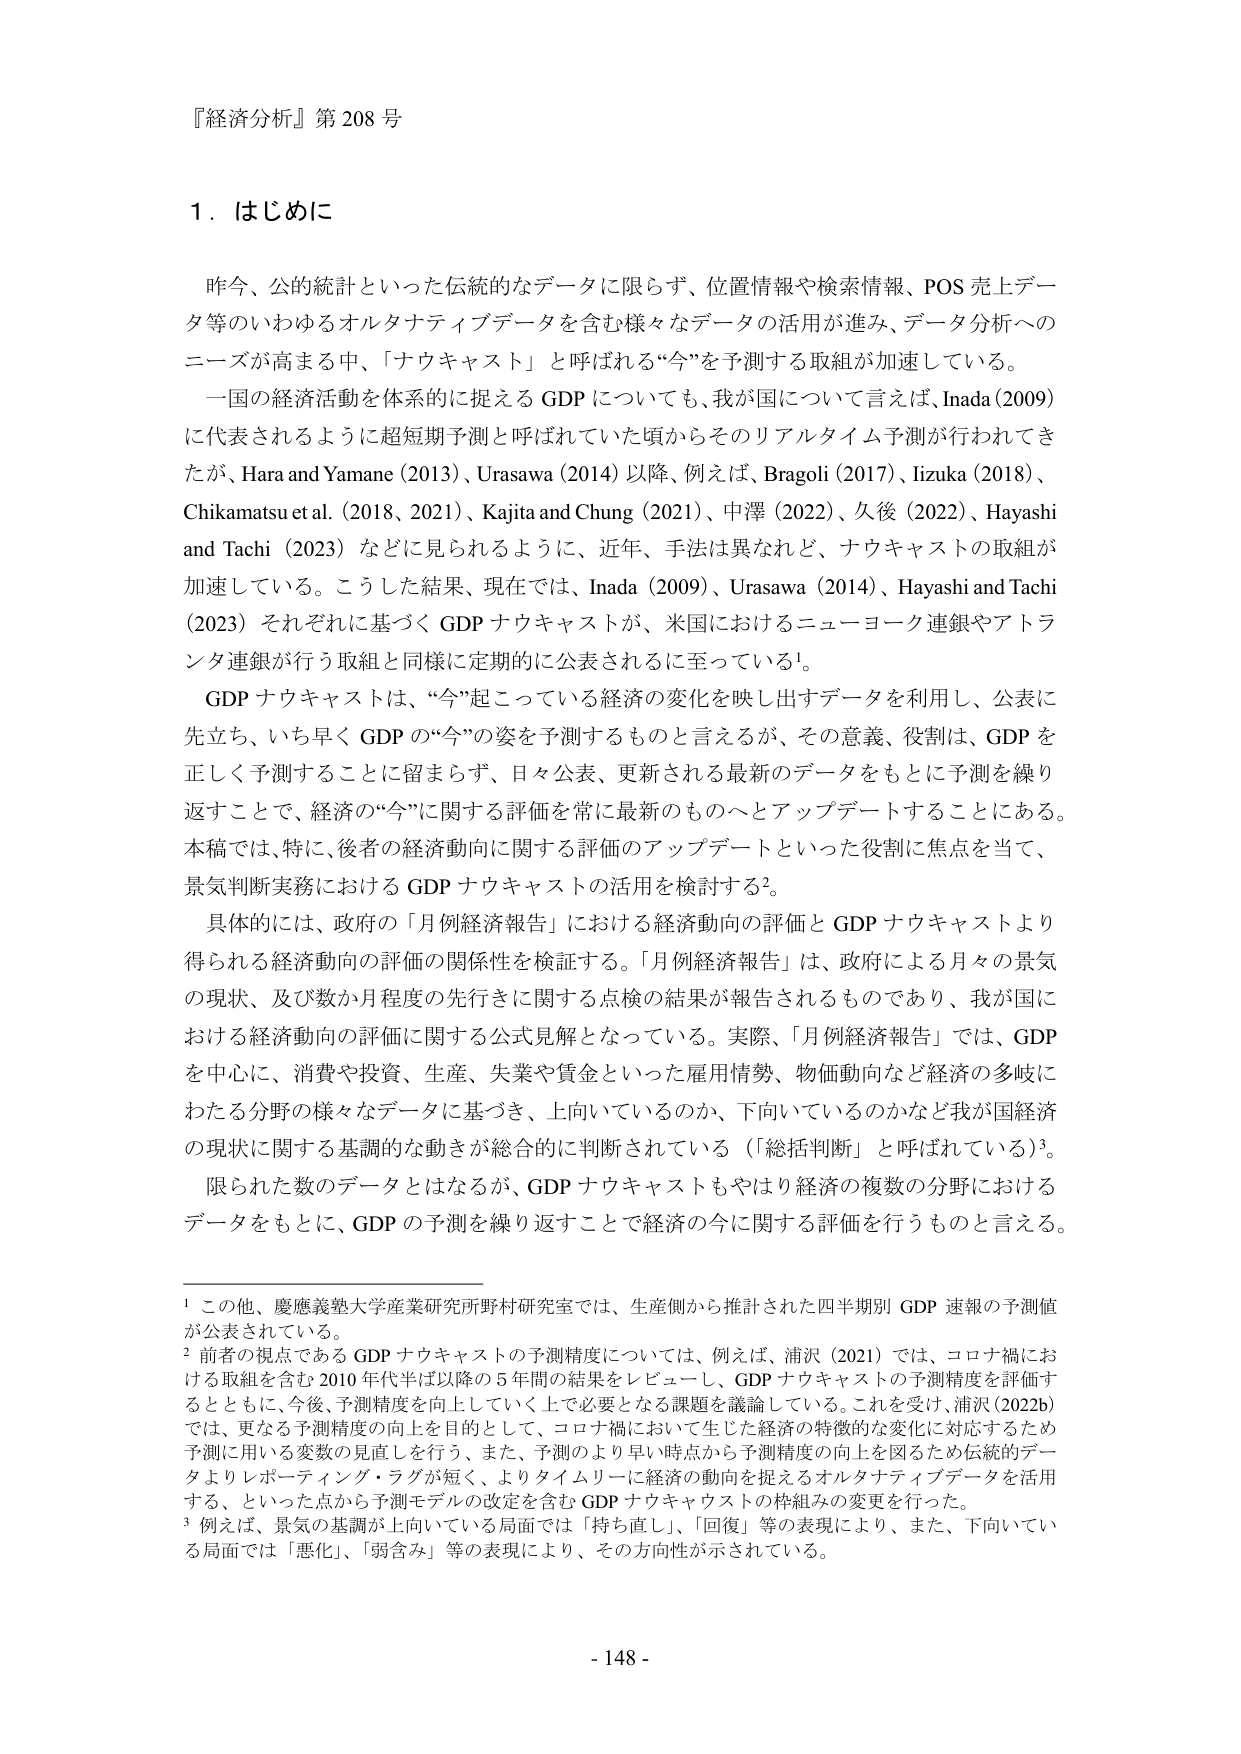
『経済分析』第208号

1．はじめに

昨今、公的統計といった伝統的なデータに限らず、位置情報や検索情報、POS売上データ等のいわゆるオルタナティブデータを含む様々なデータの活用が進み、データ分析へのニーズが高まる中、「ナウキャスト」と呼ばれる“今”を予測する取組が加速している。

一国の経済活動を体系的に捉えるGDPについても、我が国について言えば、Inada（2009）に代表されるように超短期予測と呼ばれていた頃からそのリアルタイム予測が行われてきたが、Hara and Yamane（2013）、Urasawa（2014）以降、例えば、Bragoli（2017）、Iizuka（2018）、Chikamatsu et al.（2018、2021）、Kajita and Chung（2021）、中澤（2022）、久後（2022）、Hayashi and Tachi（2023）などに見られるように、近年、手法は異なれど、ナウキャストの取組が加速している。こうした結果、現在では、Inada（2009）、Urasawa（2014）、Hayashi and Tachi（2023）それぞれに基づくGDPナウキャストが、米国におけるニューヨーク連銀やアトランタ連銀が行う取組と同様に定期的に公表されるに至っている¹。

GDPナウキャストは、“今”起こっている経済の変化を映し出すデータを利用し、公表に先立ち、いち早くGDPの“今”の姿を予測するものと言えるが、その意義、役割は、GDPを正しく予測することに留まらず、日々公表、更新される最新のデータをもとに予測を繰り返すことで、経済の“今”に関する評価を常に最新のものへとアップデートすることにある。本稿では、特に、後者の経済動向に関する評価のアップデートといった役割に焦点を当て、景気判断実務におけるGDPナウキャストの活用を検討する²。

具体的には、政府の「月例経済報告」における経済動向の評価とGDPナウキャストより得られる経済動向の評価の関係性を検証する。「月例経済報告」は、政府による月々の景気の現状、及び数か月程度の先行きに関する点検の結果が報告されるものであり、我が国における経済動向の評価に関する公式見解となっている。実際、「月例経済報告」では、GDPを中心に、消費や投資、生産、失業や賃金といった雇用情勢、物価動向など経済の多岐にわたる分野の様々なデータに基づき、上向いているのか、下向いているのかなど我が国経済の現状に関する基調的な動きが総合的に判断されている（「総括判断」と呼ばれている）³。

限られた数のデータとはなるが、GDPナウキャストもやはり経済の複数の分野におけるデータをもとに、GDPの予測を繰り返すことで経済の今に関する評価を行うものと言える。

¹ この他、慶應義塾大学産業研究所野村研究室では、生産側から推計された四半期別GDP速報の予測値が公表されている。

² 前者の視点であるGDPナウキャストの予測精度については、例えば、浦沢（2021）では、コロナ禍における取組を含む2010年代半ば以降の5年間の結果をレビューし、GDPナウキャストの予測精度を評価するとともに、今後、予測精度を向上していく上で必要となる課題を議論している。これを受け、浦沢（2022b）では、更なる予測精度の向上を目的として、コロナ禍において生じた経済の特徴的な変化に対応するため予測に用いる変数の見直しを行う、また、予測のより早い時点から予測精度の向上を図るため伝統的データよりレポーティング・ラグが短く、よりタイムリーに経済の動向を捉えるオルタナティブデータを活用する、といった点から予測モデルの改定を含むGDPナウキャストの枠組みの変更を行った。

³ 例えば、景気の基調が上向いている局面では「持ち直し」、「回復」等の表現により、また、下向いている局面では「悪化」、「弱含み」等の表現により、その方向性が示されている。

- 148 -